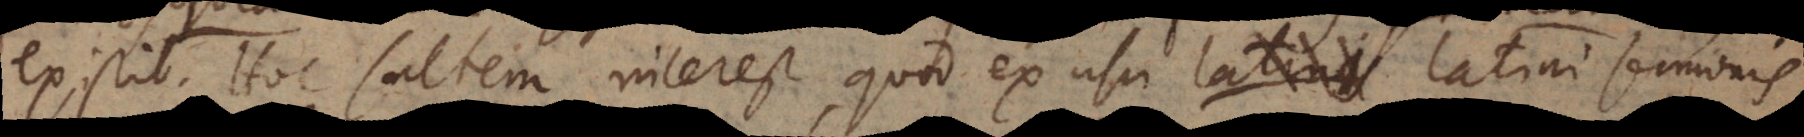
existit. Hoc saltem interest, quod ex usu latini sermon